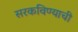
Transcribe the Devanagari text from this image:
सरकविण्याची